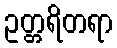
ဥတ္တရိတရာ